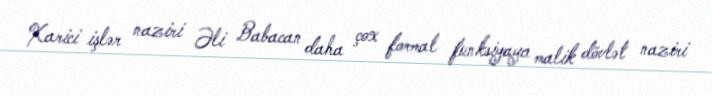
Xarici işlər naziri Əli Babacan daha çox formal funksiyaya malik dövlət naziri